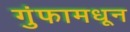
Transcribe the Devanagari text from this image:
गुंफामधून